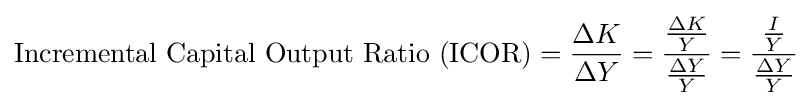
{\text{Incremental Capital Output Ratio (ICOR)}}={\frac {\Delta K}{\Delta Y}}={\frac {\frac {\Delta K}{Y}}{\frac {\Delta Y}{Y}}}={\frac {\frac {I}{Y}}{\frac {\Delta Y}{Y}}}